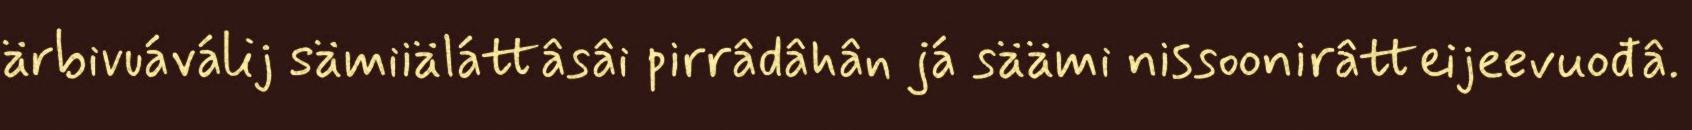
ärbivuáválij sämiiäláttâsâi pirrâdâhân já säämi nissoonirâtteijeevuođâ.